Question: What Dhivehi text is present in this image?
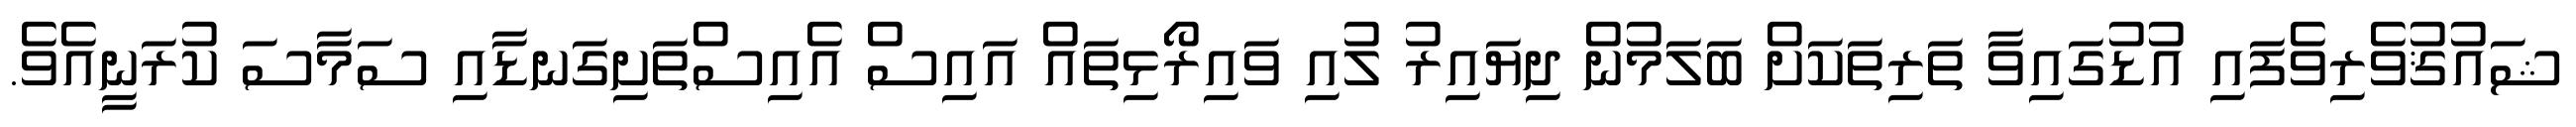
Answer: ޝައުޤުވެރިވެފައި އުޑުގައިވާ ތަރިތަކަށް ބަލަމުން ދިޔައިރު ލުއި ވައިރޯޅިތައް އައިސް އެއިސްތަށިގަނޑާއި ސަމާސަ ކުރަނީއެވެ.